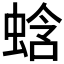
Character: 𬠑